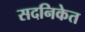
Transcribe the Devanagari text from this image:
सदनिकेत